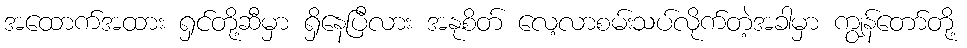
အထောက်အထား ရှင်တို့ဆီမှာ ရှိနေပြီလား အနုစိတ် လေ့လာစမ်းသပ်လိုက်တဲ့အခါမှာ ကျွန်တော်တို့